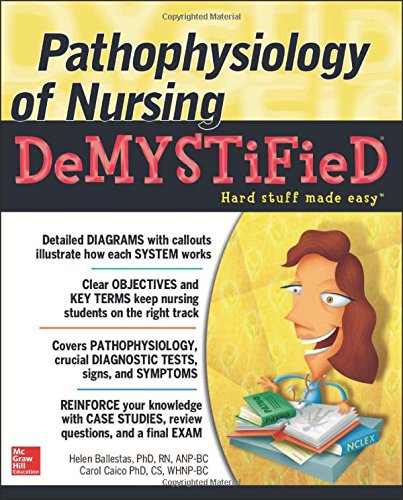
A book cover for Pathophysiology of Nursing Demystified; Helen Ballestas; Medical Books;